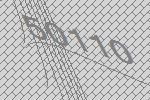
50110